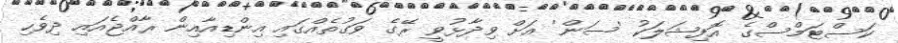
ކަސްޓަމްސްގެ އޮފިޝަލަކު 'ސަން' އަށް ވިދާޅުވީ ރޭގެ ވަގުތެއްގައި އިންޑިއާއިން ރާއްޖެއައި ދިވެހި